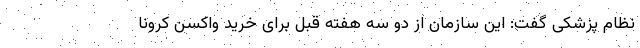
نظام پزشکی گفت: این سازمان از دو سه هفته قبل برای خرید واکسن کرونا